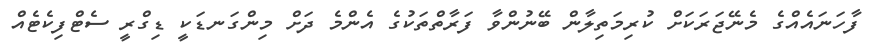
ފާހަނައެއްގެ މެނޭޖަރަަކަށް ކުރިމަތިލާން ބޭނުންވާ ފަރާތްތަކުގެ އެންމެ ދަަށް މިންގަނޑަކީ ޑިގްރީ ސެޓްފިކެޓެއް